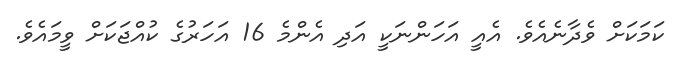
ކަމަކަށް ވެދާނެއެވެ. އެއީ އަހަންނަކީ އަދި އެންމެ 16 އަހަރުގެ ކުއްޖަކަށް ވީމައެެވެ.